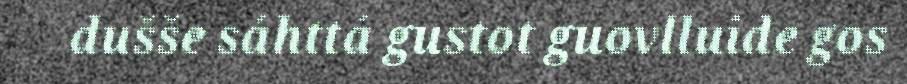
dušše sáhttá gustot guovlluide gos